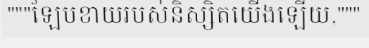
"""ឡែបខាយរបស់និស្សិតយើងឡើយ,"""